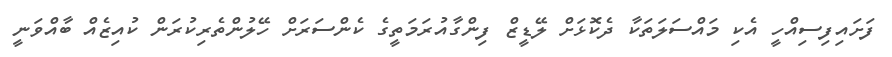
ފަށައިފިސިއްހީ އެކި މައްސަލަތަކާ ދެކޮޅަށް ލޭޑީޒް ފިންގާއުރަމަތީގެ ކެންސަރަށް ހޭލުންތެރިކުރަން ކުއިޒެއް ބާއްވަނީ